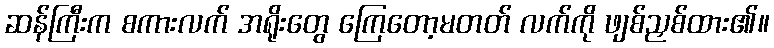
ဆန်ကြီးက စကားလက် အရိုးတွေ ကြေတော့မတတ် လက်ကို ဖျစ်ညှစ်ထား၏။